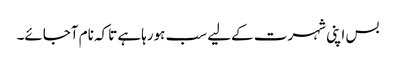
بس اپنی شہرت کےلیے سب ہورہاہے تاکہ نام آجائے۔